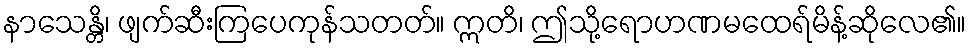
နာသေန္တိ၊ ဖျက်ဆီးကြပေကုန်သတတ်။ ဣတိ၊ ဤသို့ရောဟဏမထေရ်မိန့်ဆိုလေ၏။